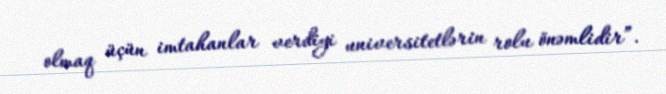
olmaq üçün imtahanlar verdiyi universitetlərin rolu önəmlidir”.